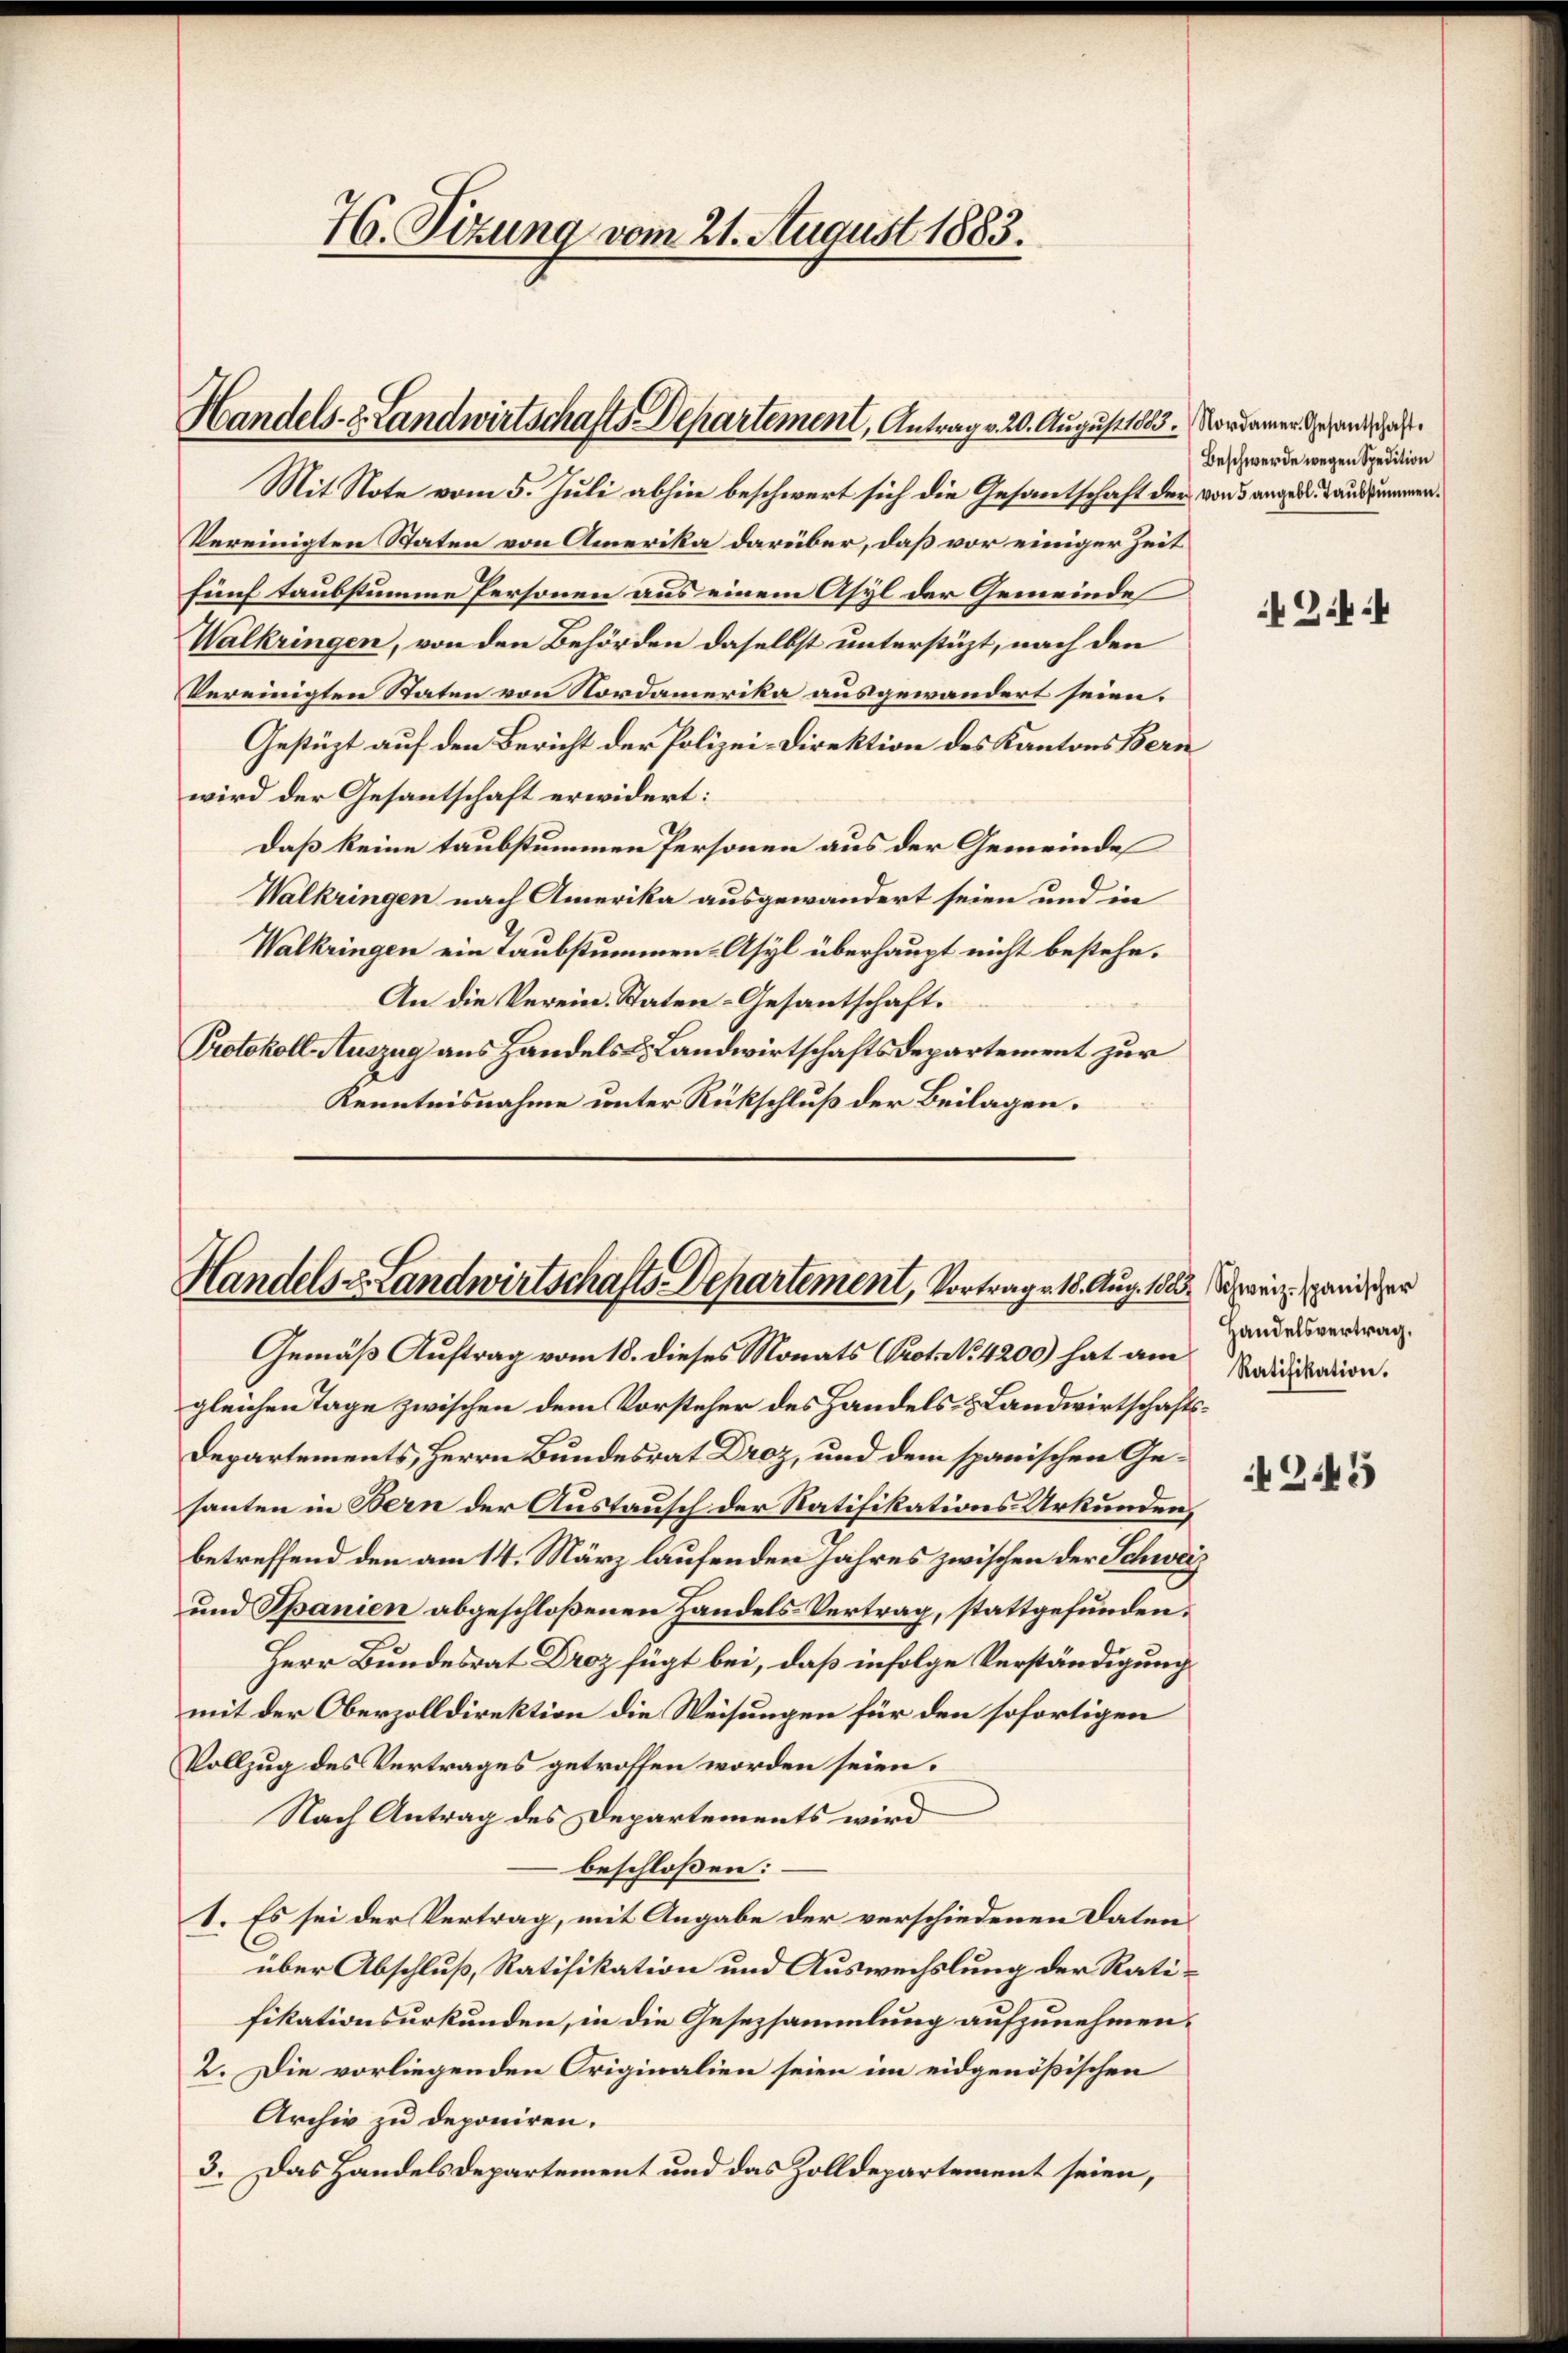
H. Tizung vom 21. August 1883.

Handels- & Landwirtschafts-Departement, Antrag v. 20. August 1805. Nordamer gehande habe

Handels z. Landwirtschafts-Departement, Vortrage 18. Aug. 1803. zwei pendiger
Gemäß Auftrag vom 18. dieses Monats Prot. No. 4200) hat am

Mit Note vom 5. Juli abhin beschwert sich die Gesantschaft der von 3 angeden Landsummen.
Vereinigten Staten von Amerika darüber, daß vor einiger Zeit
fünf taubstumme Personen aus einem Asyl der Gemeinde
Walkringen, von den Behörden daselbst unterstüzt, nach den
Vereinigten Staten von Nordamerika ausgewandert seien.
Gestüzt auf den Bericht der Polizei-Direktion des Kantons Bern
wird der Gesantschaft erwidert:
Daß keine taubstummen Personen aus der Gemeinde
Walkringen nach Amerika ausgewandert seien und in
Walkringen ein Taubstummen- Asyl überhaupt nicht bestehe.
An die Verein. Staten-Gesantschaft.
Protokoll Auszug aus Handels & Landwirtschaftsdepartement zur
Kenntnisnahme unter Rückschluß der Beilagen.

gleichen Tage zwischen dem Vorsteher des Handels- & Landwirtschafts¬
Departements, Herrn Bundesrat Droz, und dem spanischen Gesanten in Bern der Austausch der Ratifikations-Urkunden,
betreffend den am 14. März laufenden Jahres zwischen der Schweiz
und Spanien abgeschloßenen Handels-Vertrag, stattgefunden.
Herr Bundesrat Droz fügt bei, daß infolge Verständigung
mit der Oberzolldirektion die Weisungen für den sofortigen
Vollzug des Vertrages getroffen worden seien.
Nach Antrag des Departements wird
beschloßen:
1. Es sei der Vertrag, mit Angabe der verschiedenen Datenüber Abschluß, Ratifikation und Auswechslung der Ratifikationsurkunden, in die Gesezsammlung aufzunehmen.
2. Die vorliegenden Originalien seien im eidgenößischen
Archiv zu deponiren.
3. Das Handelsdepartement und das Zolldepartement seien,

(Beschwerde wegen Spedition

Handelsvertrag,
Ratifikation.

G.4

2.45